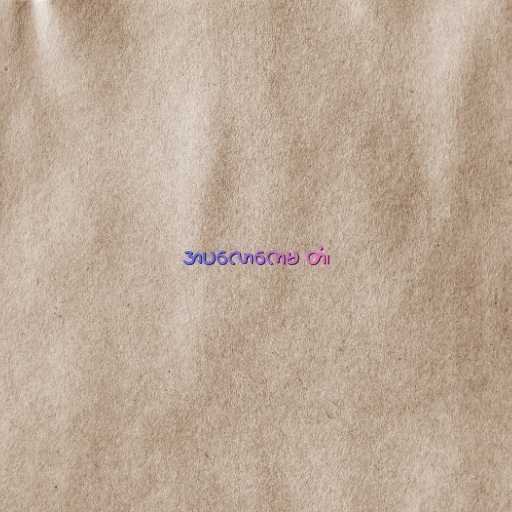
အပလောကေမ တံ၊